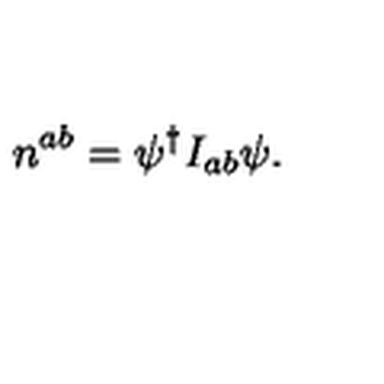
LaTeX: n ^ { a b } = \psi ^ { \dagger } I _ { a b } \psi .